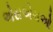
એસએચઓ